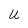
Character: U